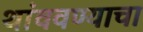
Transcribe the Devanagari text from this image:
थांववण्याचा